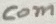
Text: com